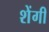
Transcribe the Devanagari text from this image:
शेंगी